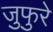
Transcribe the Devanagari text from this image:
जुफुरे